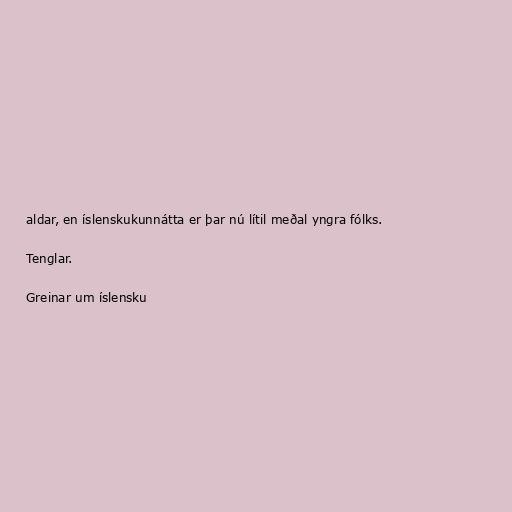
aldar, en íslenskukunnátta er þar nú lítil meðal yngra fólks.

Tenglar.

Greinar um íslensku